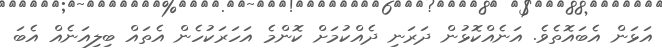
އަޅަން އެބައޮތެވެ. އަނެއްކޮޅުން ދަރަނި ދެއްކުމަށް ކޮންމެ އަހަރަކުހެން އެތައް ބިލިއަނެއް އެބަ